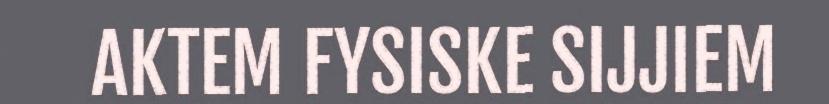
AKTEM FYSISKE SIJJIEM